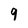
Character: 9